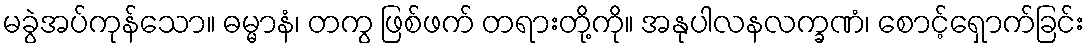
မခွဲအပ်ကုန်သော။ ဓမ္မာနံ၊ တကွ ဖြစ်ဖက် တရားတို့ကို။ အနုပါလနလက္ခဏံ၊ စောင့်ရှောက်ခြင်း